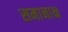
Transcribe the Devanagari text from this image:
समानाक्ष